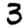
Digit: 3